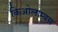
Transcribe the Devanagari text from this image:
किओलाम्बस